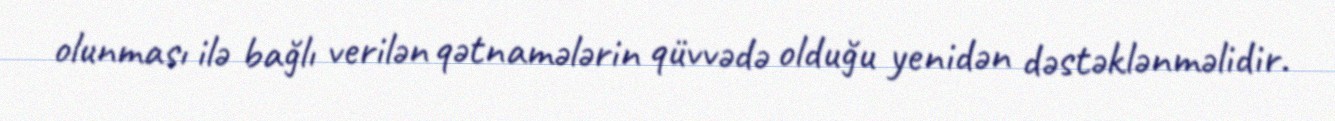
olunması ilə bağlı verilən qətnamələrin qüvvədə olduğu yenidən dəstəklənməlidir.